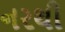
નરથી